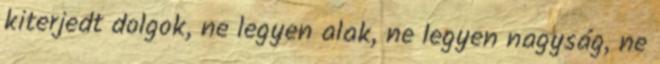
kiterjedt dolgok, ne legyen alak, ne legyen nagyság, ne